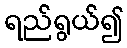
ရည်ရွယ်၍